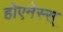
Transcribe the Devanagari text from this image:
होएनेस्स्